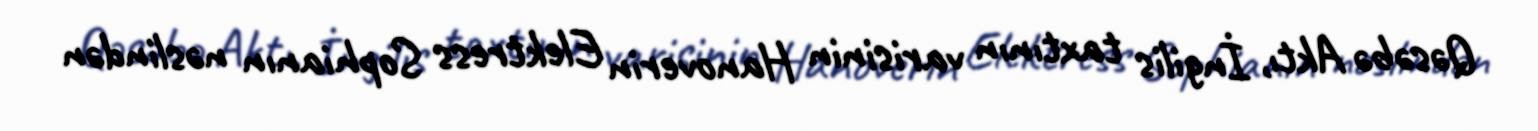
Qəsəbə Aktı, İngilis taxtının varisinin Hanoverin Elektress Sophianın nəslindən